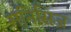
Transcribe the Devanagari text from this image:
मनिसिज